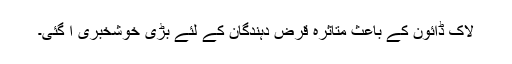
لاک ڈائون کے باعث متاثرہ قرض دہندگان کے لئے بڑی خوشخبری آ گئی۔